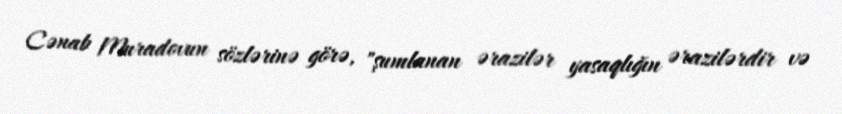
Cənab Muradovun sözlərinə görə, "şumlanan ərazilər yasaqlığın ərazilərdir və